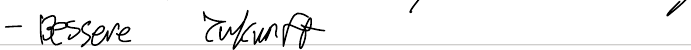
- Bessere Zukunft